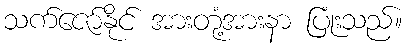
သက်ဇော်နိုင် အားတုံ့အားနာ ပြုံးသည်။